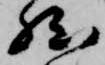
然